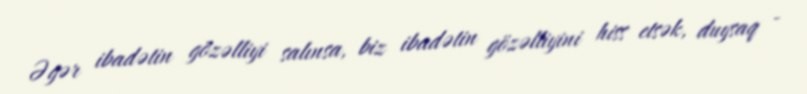
Əgər ibadətin gözəlliyi salınsa, biz ibadətin gözəlliyini hiss etsək, duysaq -